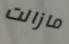
مازالت